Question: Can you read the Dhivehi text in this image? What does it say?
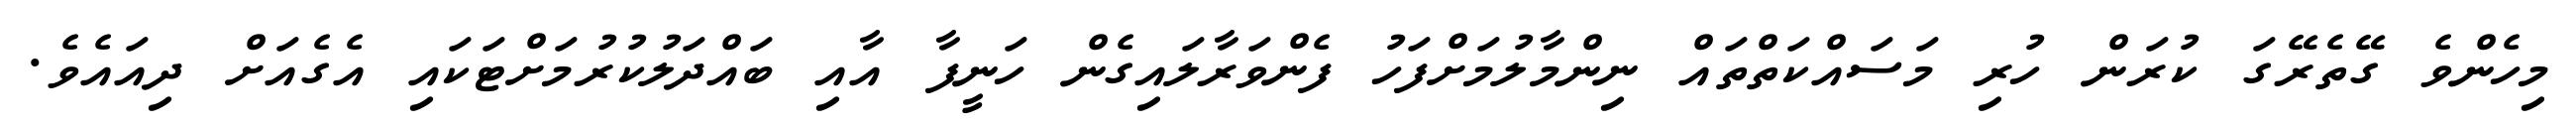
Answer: މިހެންވެ ގޭތެރޭގަ ކުރަން ހުރި މަސައްކަތްތައް ނިންމާލުމަށްފަހު ފެންވަރާލައިގެން ހަނީފާ އާއި ބައްދަލުކުރުމަށްޓަކައި އެގެއަށް ދިއައެވެ.